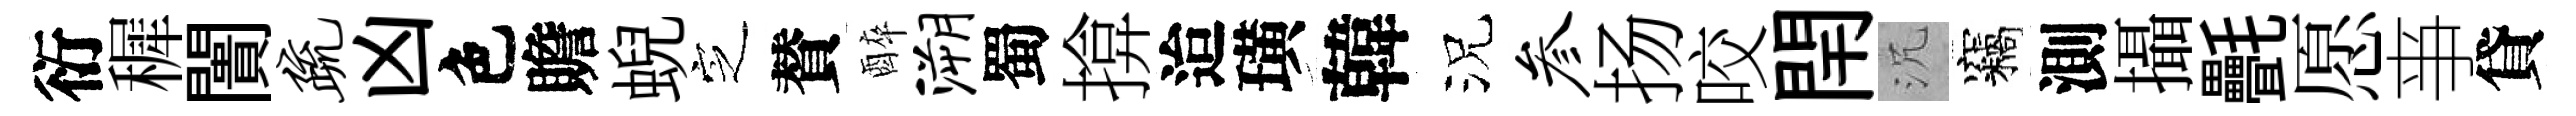
衍穉闠疏凶色贍蜺㝎賛醉溯蜀揜迨璜韓況参扬咬閈沉竊測攝㲲愿亊貸